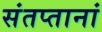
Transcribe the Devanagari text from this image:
संतप्तानां